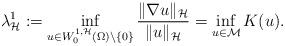
LaTeX: \begin{align*}\lambda_\mathcal H^{1}:=\inf_{u\in W^{1,\mathcal H}_0(\Omega)\setminus\{0\}}\frac{\|\nabla u\|_\mathcal H}{\|u\|_\mathcal H}=\inf_{u\in\mathcal M}K(u).\end{align*}